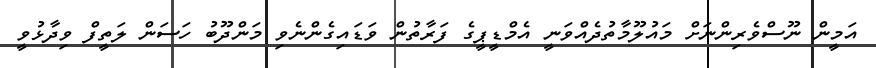
އަމީން ނޫސްވެރިންނަށް މައުލޫމާތުދެއްވަނީ އެމްޑީޕީގެ ފަރާތުން ވަޑައިގެންނެވި މަންދޫބު ހަސަން ލަތީފް ވިދާޅުވީ